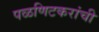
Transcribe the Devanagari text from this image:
पळणिटकरांची